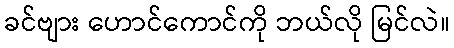
ခင်ဗျား ဟောင်ကောင်ကို ဘယ်လို မြင်လဲ။